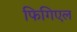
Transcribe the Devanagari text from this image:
फिगिएल